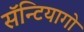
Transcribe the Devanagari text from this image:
सॅन्टियागो